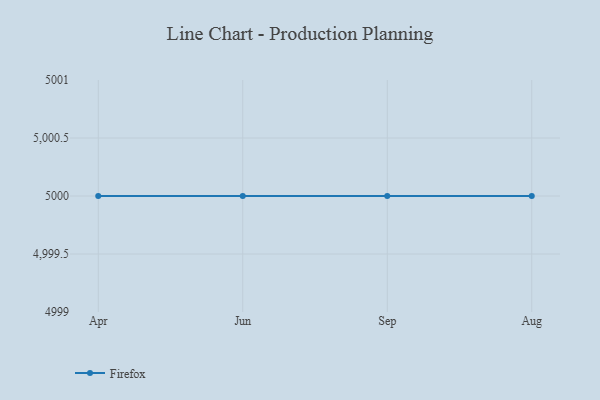
{"axis": {"x": "Month", "y": "Net Income (USD K)"}, "legend": ["Firefox"], "data": [{"x": "Apr", "y": 5000, "type": "Firefox"}, {"x": "Jun", "y": 5000, "type": "Firefox"}, {"x": "Sep", "y": 5000, "type": "Firefox"}, {"x": "Aug", "y": 5000, "type": "Firefox"}]}